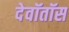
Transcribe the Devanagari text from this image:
देवॉतॉस